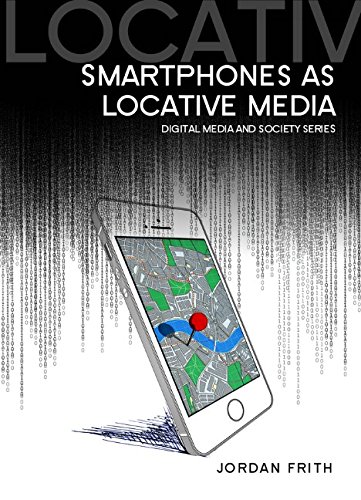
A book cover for Smartphones as Locative Media (DMS - Digital Media and Society); Jordan Frith; Computers & Technology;